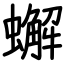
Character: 蠏